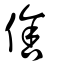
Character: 倽